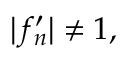
| f _ { n } ^ { \prime } | \neq 1 ,